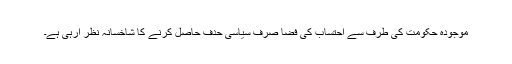
موجودہ حکومت کی طرف سے احتساب کی فضا صرف سیاسی حدف حاصل کرنے کا شاخسانہ نظر آرہی ہے۔